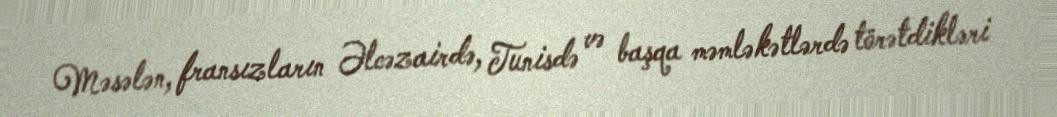
Məsələn, fransızların Əlcəzairdə, Tunisdə və başqa məmləkətlərdə törətdikləri